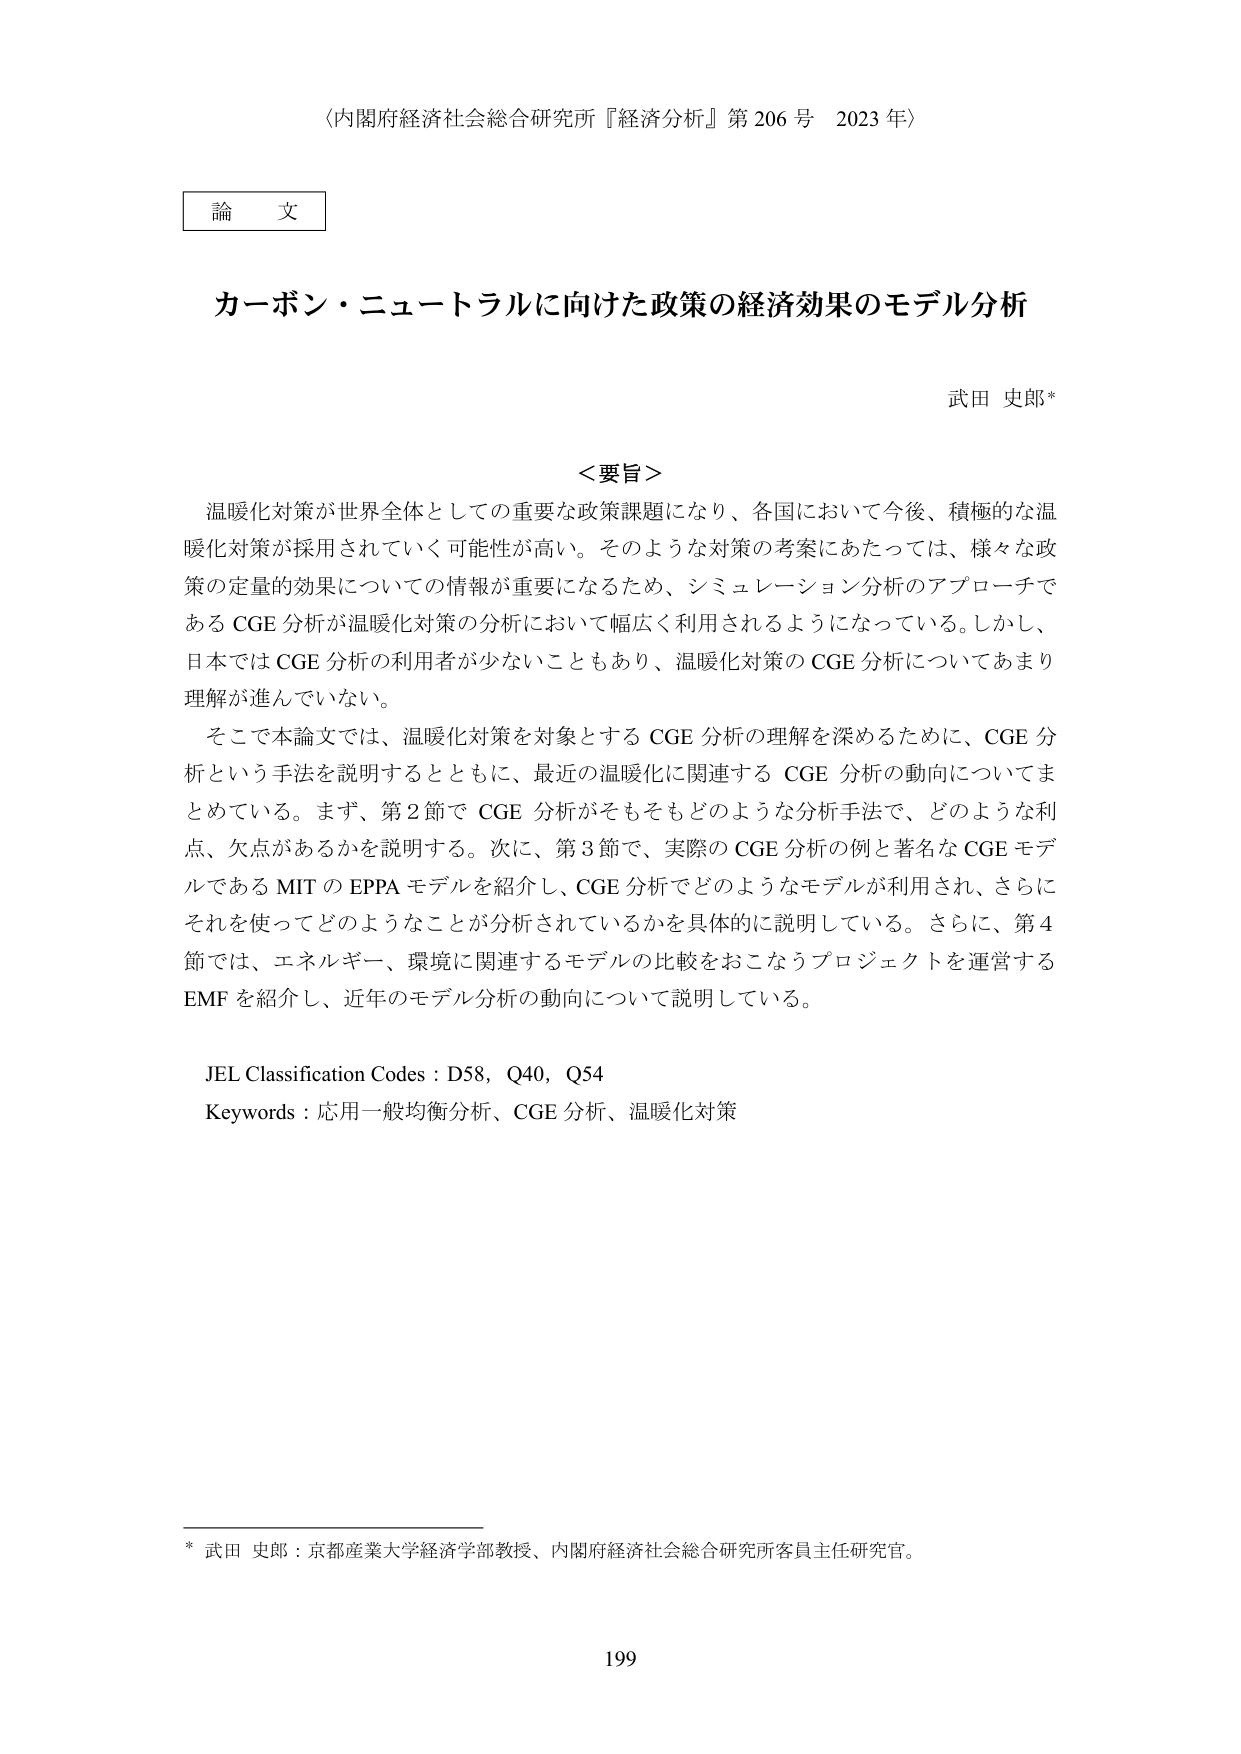
〈内閣府経済社会総合研究所『経済分析』第206号 2023年〉

論文

カーボン・ニュートラルに向けた政策の経済効果のモデル分析

武田 史郎*

＜要旨＞
温暖化対策が世界全体としての重要な政策課題になり、各国において今後、積極的な温暖化対策が採用されていく可能性が高い。そのような対策の考案にあたっては、様々な政策の定量的効果についての情報が重要になるため、シミュレーション分析のアプローチであるCGE分析が温暖化対策の分析において幅広く利用されるようになっている。しかし、日本ではCGE分析の利用者が少ないこともあり、温暖化対策のCGE分析についてあまり理解が進んでいない。

そこで本論文では、温暖化対策を対象とするCGE分析の理解を深めるために、CGE分析という手法を説明するとともに、最近の温暖化に関連するCGE分析の動向についてまとめている。まず、第2節でCGE分析がそもそもどのような分析手法で、どのような利点、欠点があるかを説明する。次に、第3節で、実際のCGE分析の例と著名なCGEモデルであるMITのEPPAモデルを紹介し、CGE分析でどのようなモデルが利用され、さらにそれを使ってどのようなことが分析されているかを具体的に説明している。さらに、第4節では、エネルギー、環境に関連するモデルの比較をおこなうプロジェクトを運営するEMFを紹介し、近年のモデル分析の動向について説明している。

JEL Classification Codes : D58, Q40, Q54
Keywords : 応用一般均衡分析、CGE分析、温暖化対策

* 武田 史郎：京都産業大学経済学部教授、内閣府経済社会総合研究所客員主任研究官。

199